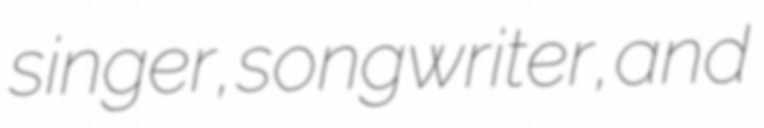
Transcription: singer, songwriter, and